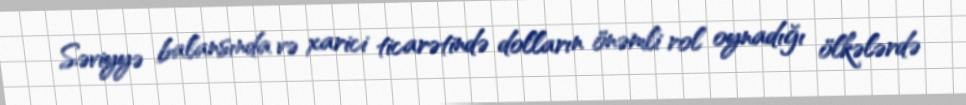
Səviyyə balansında və xarici ticarətində dolların önəmli rol oynadığı ölkələrdə